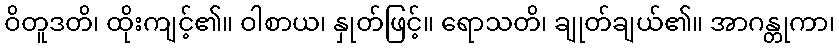
ဝိတူဒတိ၊ ထိုးကျင့်၏။ ဝါစာယ၊ နှုတ်ဖြင့်။ ရောသတိ၊ ချုတ်ချယ်၏။ အာဂန္တုကာ၊